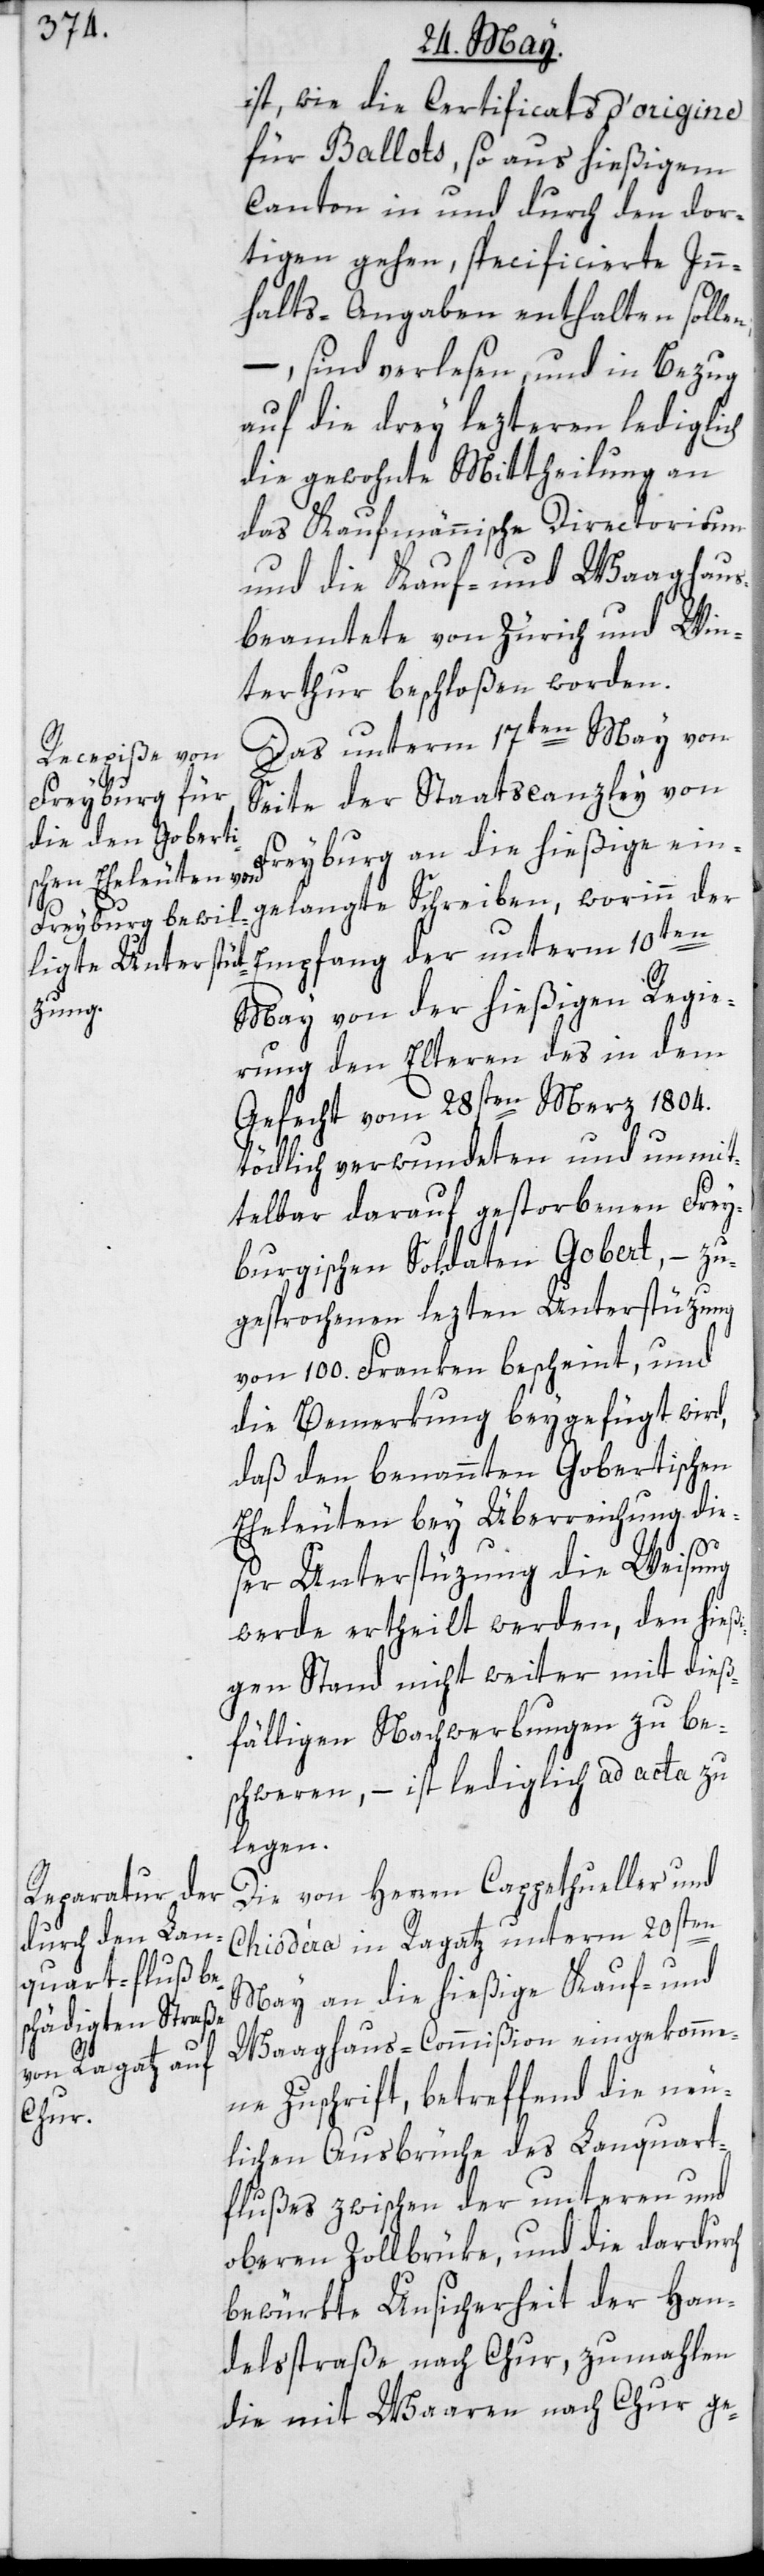
ist, wie die Certificats d’origine
für Ballots, so aus hießigem
Canton in und durch den dor¬
tigen gehen, specificierte Inn¬
halts-Angaben enthalten solle¬
sind verlesen und in Bezug
auf die drey lezteren lediglich
die gewohnte Mittheilung an
das Kaufmännische Directorium
und die Kauf- und Waaghaus¬
beamtete von Zürich und Win¬
terthur beschloßen worden.
Das unterm 17ten May von
n;
Seite der Staatscanzley von
Freyburg an die hießige ein¬
gelangte Schreiben, worinn der
Empfang der unterm 10ten
May von der hießigen Regie¬
rung den Elteren des in dem
Gefecht vom 28sten Merz 1804.
tödlich verwundeten und unmit¬
telbar darauf gestorbenen Frey¬
burgischen Soldaten Gobert, – zu¬
gesprochenen lezten Unterstüzung
von 100. Franken bescheint, und
die Bemerkung beygefügt wird,
daß den benannten Gobertischen
Eheleuten bey Überreichung die¬
ser Unterstüzung die Weisung
werde ertheilt werden, den hießi¬
gen Stand nicht weiter mit dieß¬
fälligen Nachwerbungen zu be¬
schweren, – ist lediglich ad acta zu
legen.
Die von Herren Cappethueller und
Chiodéra in Ragatz unterm 20sten
May an die hießige Kauf- und
Waghaus-Commißion eingekomme¬
ne Zuschrift, betreffend die neu¬
lichen Ausbrüche des Lanquart¬
flußes zwischen der unteren und
oberen Zollbrüke, und die dardurch
bewürkte Unsicherheit der Han¬
delsstraße nach Chur, zumahlen
die mit Waaren nach Chur ge-